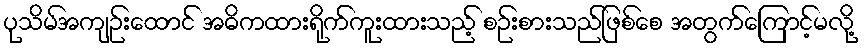
ပုသိမ်အကျဉ်းထောင် အဓိကထားရိုက်ကူးထားသည့် စဉ်းစားသည်ဖြစ်စေ အတွက်ကြောင့်မလို့